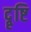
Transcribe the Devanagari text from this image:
दॄ्ष्टि